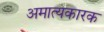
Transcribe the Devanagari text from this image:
अमात्यकारक